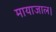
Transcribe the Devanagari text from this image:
मायाजाल।